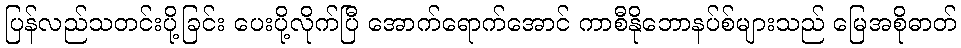
ပြန်လည်သတင်းပို့ခြင်း ပေးပို့လိုက်ပြီ အောက်ရောက်အောင် ကာစီနိုဘောနပ်စ်များသည် မြေအစိုဓာတ်